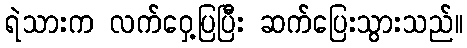
ရဲသားက လက်ဝှေ့ပြပြီး ဆက်ပြေးသွားသည်။